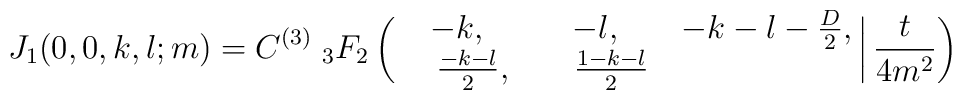
J_1(0,0,k,l;m)=C^{(3)}\; _3F_2 \left(\left.\matrix{-k,& -l,& -k-l- \frac{D}{2}, \cr\quad\frac{-k-l}{2},& \quad\frac{1-k-l}{2}}\right| \frac{t}{4m^2}\right)